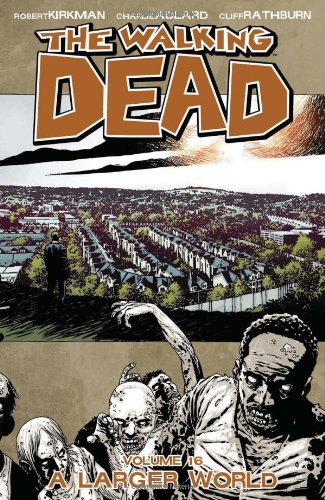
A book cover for The Walking Dead: A Larger World, Vol. 16; Robert Kirkman; Comics & Graphic Novels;